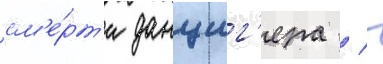
см'е́рт'и данциг'ера / -